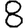
Digit: 8